Annual report on the mental hospital in the Central Provinces and Berar (Nagpur) - 1927-1951
Year: 1927
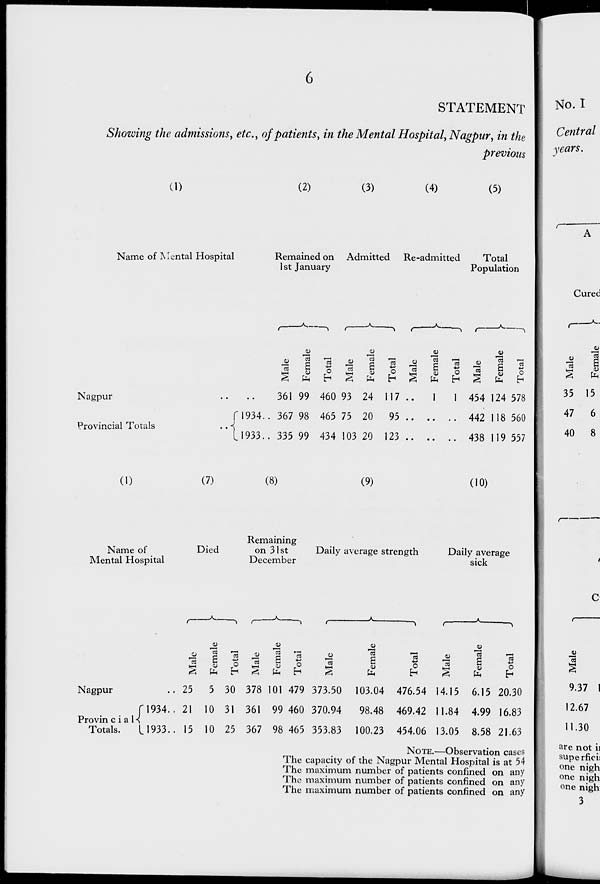
6
STATEMENT
Showing the admissions, etc., of patients, in the Mental Hospital, Nagpur, in the
previous
(1)
Name of Mental Hospital
Nagpur .. ..
Provincial Totals
..
1934 ..
1933 ..
(2)
Remained on
1st January
Male
361
367
335
Female
99
98
99
Total
460
465
434
(3)
Admitted
Male
93
75
103
Female
24
20
20
Total
117
95
123
(4)
Re-admitted
Male
..
..
..
Female
1
..
..
Total
1
..
..
(5)
Total
Population
Male
454
442
438
Female
124
118
119
Total
578
560
557
(1)
Name of
Mental Hospital
Nagpur ..
Provincial
Totals.
1934 ..
1933 ..
(7)
Died
Male
25
21
15
Female
5
10
10
Total
30
31
25
(8)
Remaining
on 31st
December
Male
378
361
367
Female
101
99
98
Total
479
460
465
(9)
Daily average strength
Male
373.50
370.94
353.83
Female
103.04
98.48
100.23
Total
476.54
469.42
454.06
(10)
Daily average
sick
Male
14.15
11.84
13.05
Female
6.15
4.99
8.58
Total
20.30
16.83
21.63
NOTE.—Observation cases
The capacity of the Nagpur Mental Hospital is at 54
The maximum number of patients confined on any
The maximum number of patients confined on any
The maximum number of patients confined on any